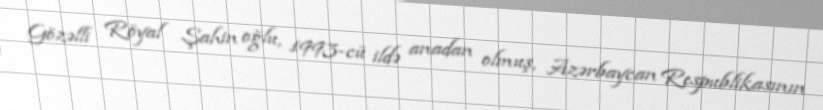
Gözəlli Röyal Şahin oğlu, 1993-cü ildə anadan olmuş, Azərbaycan Respublikasının